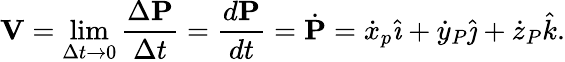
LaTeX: \mathbf{V}=\operatorname*{lim}_{\Delta t\rightarrow 0}{\frac{\Delta\mathbf{P}}{\Delta t}}={\frac{d\mathbf{P}}{dt}}={\dot{\mathbf{P}}}={\dot{x}}_{p}{\hat{\imath}}+{\dot{y}}_{P}{\hat{\jmath}}+{\dot{z}}_{P}{\hat{k}}.